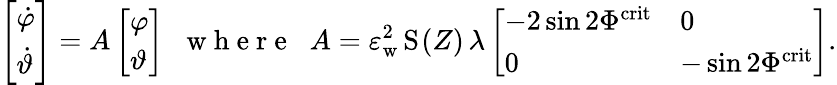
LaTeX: \left[\begin{array}{l}{\dot{\varphi}}\\ {\dot{\vartheta}}\end{array}\right]=A\left[\begin{array}{l}{{\varphi}}\\ {{\vartheta}}\end{array}\right]\; \; \mathrm{~w~h~e~r~e~}\; \; A=\varepsilon_{\mathrm{w}}^{2}\, \mathrm{S}_{}(Z)\, \lambda\left[\begin{array}{ll}{-2\sin 2\Phi^{\mathrm{crit}}}&{0}\\ {0}&{-\sin 2\Phi^{\mathrm{crit}}}\end{array}\right].